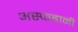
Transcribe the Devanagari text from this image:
अस्फहानी